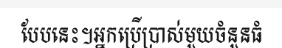
បែបនេះ។អ្នកប្រើប្រាស់មួយចំនួនធំ